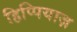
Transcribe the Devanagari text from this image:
हिप्पियाज़